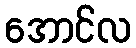
အောင်လ